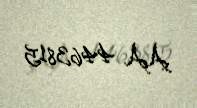
AA 4463815